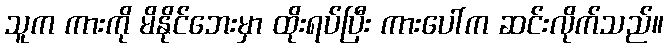
သူက ကားကို မိနိုင်ဘေးမှာ ထိုးရပ်ပြီး ကားပေါ်က ဆင်းလိုက်သည်။